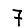
Digit: 7